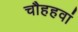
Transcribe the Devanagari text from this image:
चौहहवां